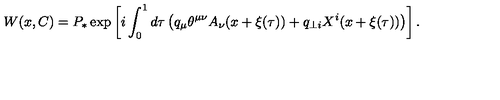
W ( x , C ) = P _ { \ast } \exp \left[ i \int _ { 0 } ^ { 1 } d \tau \left( q _ { \mu } \theta ^ { \mu \nu } A _ { \nu } ( x + \xi ( \tau ) ) + q _ { \perp i } X ^ { i } ( x + \xi ( \tau ) ) \right) \right] .